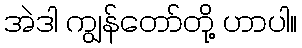
အဲဒါ ကျွန်တော်တို့ ဟာပါ။